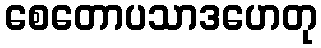
စေတောပသာဒဟေတု